Regulations for the medical services of the Army of India
Year: 1930
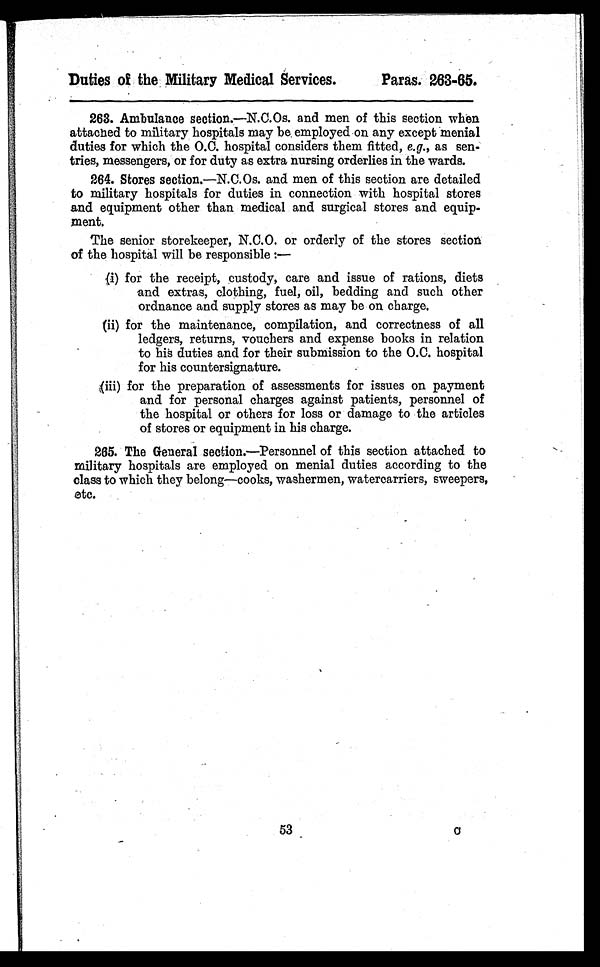
Duties of the Military Medical Services.
Paras. 263-65.
263. Ambulance section.—N.C.Os. and men of this section when
attached to military hospitals may be employed on any except menial
duties for which the O.C. hospital considers them fitted, e.g., as sen
tries, messengers, or for duty as extra nursing orderlies in the wards.
264. Stores section.—N.C.Os. and men of this section are detailed
to military hospitals for duties in connection with hospital stores
and equipment other than medical and surgical stores and equip-
ment.
The senior storekeeper, N.C.O. or orderly of the stores section
of the hospital will be responsible
( i ) f o r t h e r e c e i p t , c u s t o d y , c a r e a n d i s s u e o f r a t i o n s , d i e t s
and extras, clothing, fuel, oil, bedding and such other
ordnance and supply stores as may be on charge.
(ii) for the maintenance, compilation, and correctness of all
ledgers, returns, vouchers and expense books in relation
to his duties and for their submission to the O.C. hospital
for his countersignature.
(iii) for the preparation of assessments for issues on payment
and for personal charges against patients, personnel of
the hospital or others for loss or damage to the articles
of stores or equipment in his charge.
265. The General section.—Personnel of this section attached to
military hospitals are employed on menial duties according to the
class to which they belong—cooks, washermen, watercarriers, sweepers,
etc.
53